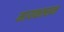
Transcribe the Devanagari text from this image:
मायकल्सन